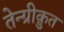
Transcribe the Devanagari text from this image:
तेन्ग्रीक़ुत